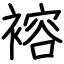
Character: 褣